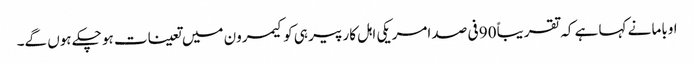
اوباما نے کہا ہے کہ تقریباً 90 فی صد امریکی اہل کار پیر ہی کو کیمرون میں تعینات ہو چکے ہوں گے۔